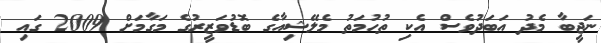
ނަޖީބާ މެދު އަބަދުވެސް އެކި ތުހުމަތު މެލޭޝިއާގެ ބޮޑުވަޒީރުގެ މަގާމަށް 2009 ގައި